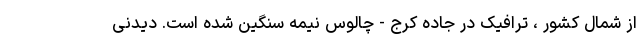
از شمال کشور ، ترافیک در جاده کرج - چالوس نیمه سنگین شده است. دیدنی